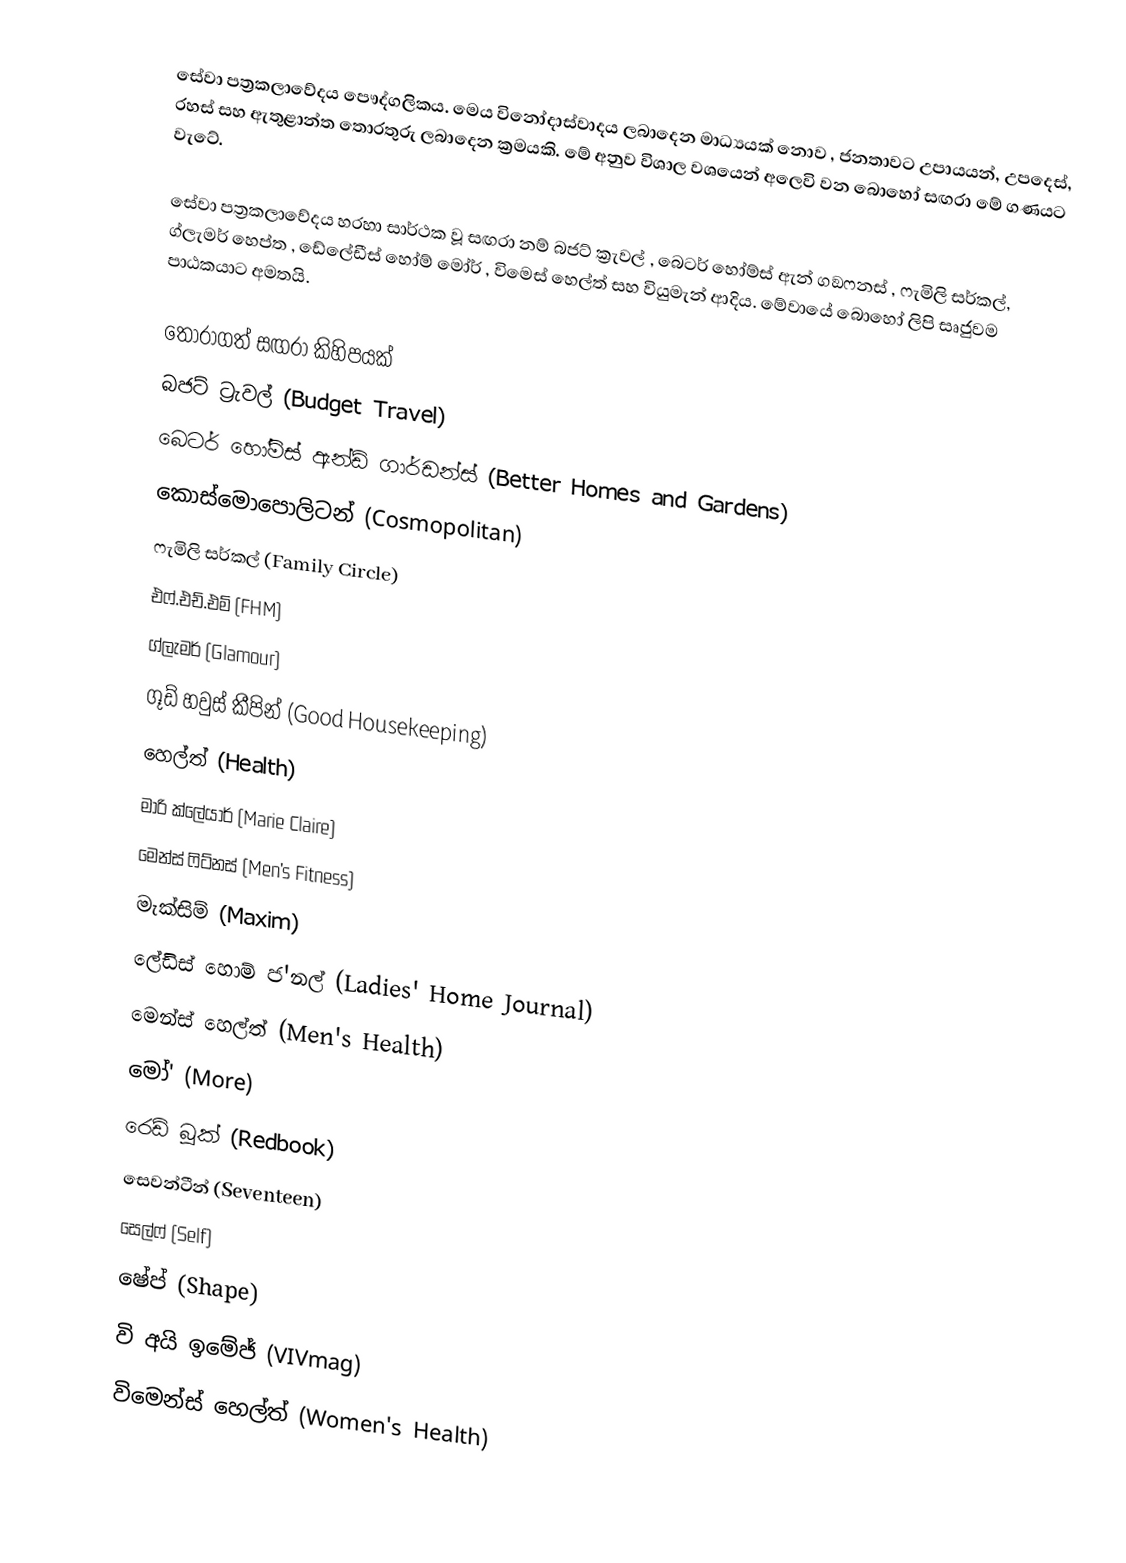
සේවා පත්‍රකලාවේදය පෞද්ගලිකය. මෙය විනෝදාස්වාදය ලබාදෙන මාධ්‍යයක් නොව , ජනතාවට උපායයන්, උපදෙස්, රහස් සහ ඇතුළාන්ත තොරතුරු ලබාදෙන ක්‍රමයකි. මේ අනුව විශාල වශයෙන් අලෙවි වන බොහෝ සඟරා මේ ගණයට වැටේ.

සේවා පත්‍රකලාවේදය හරහා සාර්ථක වූ සඟරා නම් බජට් ක්‍රැවල් , බෙටර් හෝම්ස් ඇන් ගඞෆනස් , ෆැමිලි සර්කල්, ග්ලැමර් හෙප්ත , ඩේලේඩීස් හෝම් මෝර් , විමෙස් හෙල්ත් සහ වියුමැන් ආදිය. මේවායේ බොහෝ ලිපි සෘජුවම පාඨකයාට අමතයි.

තෝරාගත් සඟරා කිහිපයක්
බජට් ට්‍රැවල්      (Budget Travel)
බෙටර් හෝම්ස් ඇන්ඩ් ගාර්ඩන්ස්      (Better Homes and Gardens)
කොස්මොපොලිටන්      (Cosmopolitan)
ෆැමිලි සර්කල්      (Family Circle)
එෆ්.එච්.එම්      (FHM)
ග්ලැමර්      (Glamour)
ගූඩ් හවුස් කීපින්      (Good Housekeeping)
හෙල්ත්      (Health)
මාරි ක්ලේයාර්      (Marie Claire)
මෙන්ස් ෆිට්නස්      (Men's Fitness)
මැක්සිම්      (Maxim)
ලේඩිස් හොම් ජ'නල්      (Ladies' Home Journal)
මෙන්ස් හෙල්ත්      (Men's Health)
මෝ'      (More)
රෙඩ් බූක්      (Redbook)
සෙවන්ටීන්      (Seventeen)
සෙල්ෆ්      (Self)
ෂේප්      (Shape)
වි අයි ඉමේජ්      (VIVmag)
විමෙන්ස් හෙල්ත්      (Women's Health)